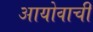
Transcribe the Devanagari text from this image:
आयोवाची